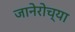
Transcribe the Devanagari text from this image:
जानेरोच्या